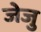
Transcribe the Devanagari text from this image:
जेजु